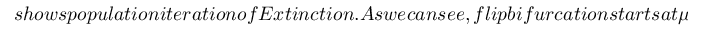
s h o w s p o p u l a t i o n i t e r a t i o n o f E x t i n c t i o n . A s w e c a n s e e , f l i p b i f u r c a t i o n s t a r t s a t \mu _ { 0 } = 3 . 0 0 0 a s i n F i g u r e (